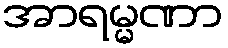
အာရမ္မဏာ